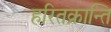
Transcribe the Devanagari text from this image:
हरितक्रान्ति